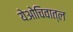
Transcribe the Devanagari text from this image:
येओचिवात्ल